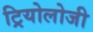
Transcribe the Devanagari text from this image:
ट्रियोलोजी